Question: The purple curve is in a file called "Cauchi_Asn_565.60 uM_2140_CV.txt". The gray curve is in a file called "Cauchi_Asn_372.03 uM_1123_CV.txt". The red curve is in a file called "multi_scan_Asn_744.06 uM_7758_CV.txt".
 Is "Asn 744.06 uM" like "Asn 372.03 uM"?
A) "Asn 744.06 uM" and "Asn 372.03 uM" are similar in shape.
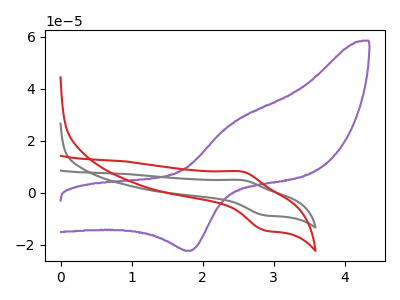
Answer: <think>The purple curve "Asn 565.60 uM" has an anodic peak at (2.45V, 27.15uA) and a cathodic peak at (1.85V, -22.30uA). The gray curve "Asn 372.03 uM" has an anodic peak at (2.55V, 4.90uA) and a cathodic peak at (2.85V, -8.65uA). The red curve "Asn 744.06 uM" has an anodic peak at (2.55V, 8.15uA) and a cathodic peak at (2.85V, -14.45uA).
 All the peaks in "Asn 744.06 uM" have a peak in "Asn 372.03 uM" at the same potential. Every peak in "Asn 744.06 uM" is higher than every peak in "Asn 372.03 uM".</think>
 <answer>A) "Asn 744.06 uM" and "Asn 372.03 uM" are similar in shape.</answer>
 <eval>A</eval>